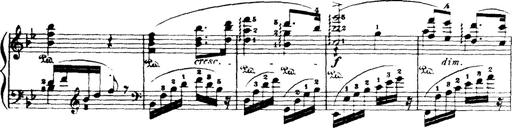
Title: Wagner-Liszt Album
Composer: Franz Liszt